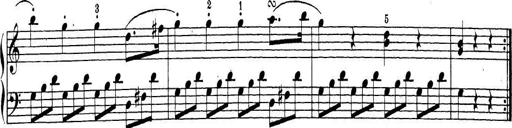
Title: Sonatina Album
Composer: Louis KÃ¶hler